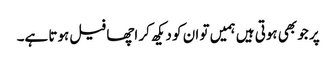
پر جو بھی ہوتی ہیں ہمیں تو ان کو دیکھ کر اچھا فیل ہوتا ہے۔